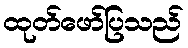
ထုတ်ဖော်ပြသည်